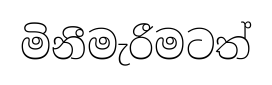
මිනීමැරීමටත්